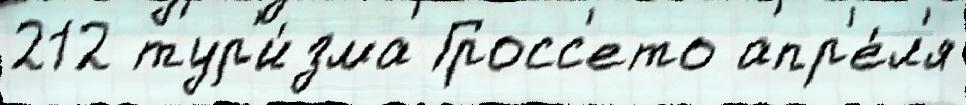
212 тур'и́зма Гросс'ето апр'е́л'я